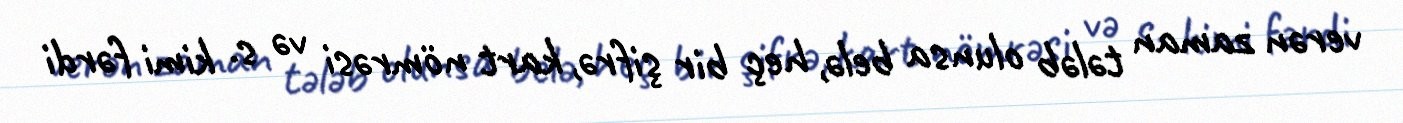
verən zaman tələb olunsa belə, heç bir şifrə, kart nömrəsi və s. kimi fərdi